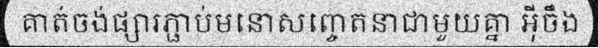
គាត់ចង់ផ្សារភ្ជាប់មនោសញ្ចេតនាជាមួយគ្នា អ៊ីចឹង